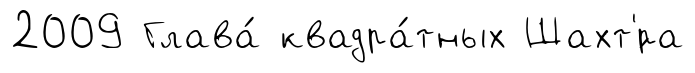
2009 Глава́ квадра́тных Шахт'́ра